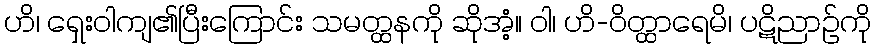
ဟိ၊ ရှေးဝါကျ၏ပြီးကြောင်း သမတ္ထနကို ဆိုအံ့။ ဝါ၊ ဟိ-ဝိတ္ထာရေမိ၊ ပဋိညာဉ်ကို